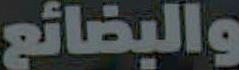
والبضائع